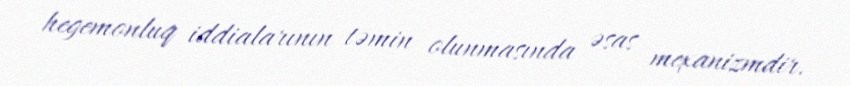
hegemonluq iddialarının təmin olunmasında əsas mexanizmdir.